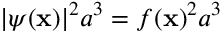
| \psi ( \mathbf { x } ) | ^ { 2 } a ^ { 3 } = f ( \mathbf { x } ) ^ { 2 } a ^ { 3 }